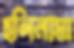
হলিনামা